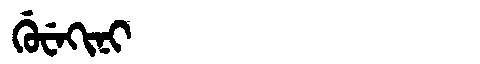
Manchu: ᡤᡠᠸᡝᡴᡳᠨᡳ
Romanization: GUWEKINI